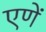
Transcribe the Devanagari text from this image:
एणें